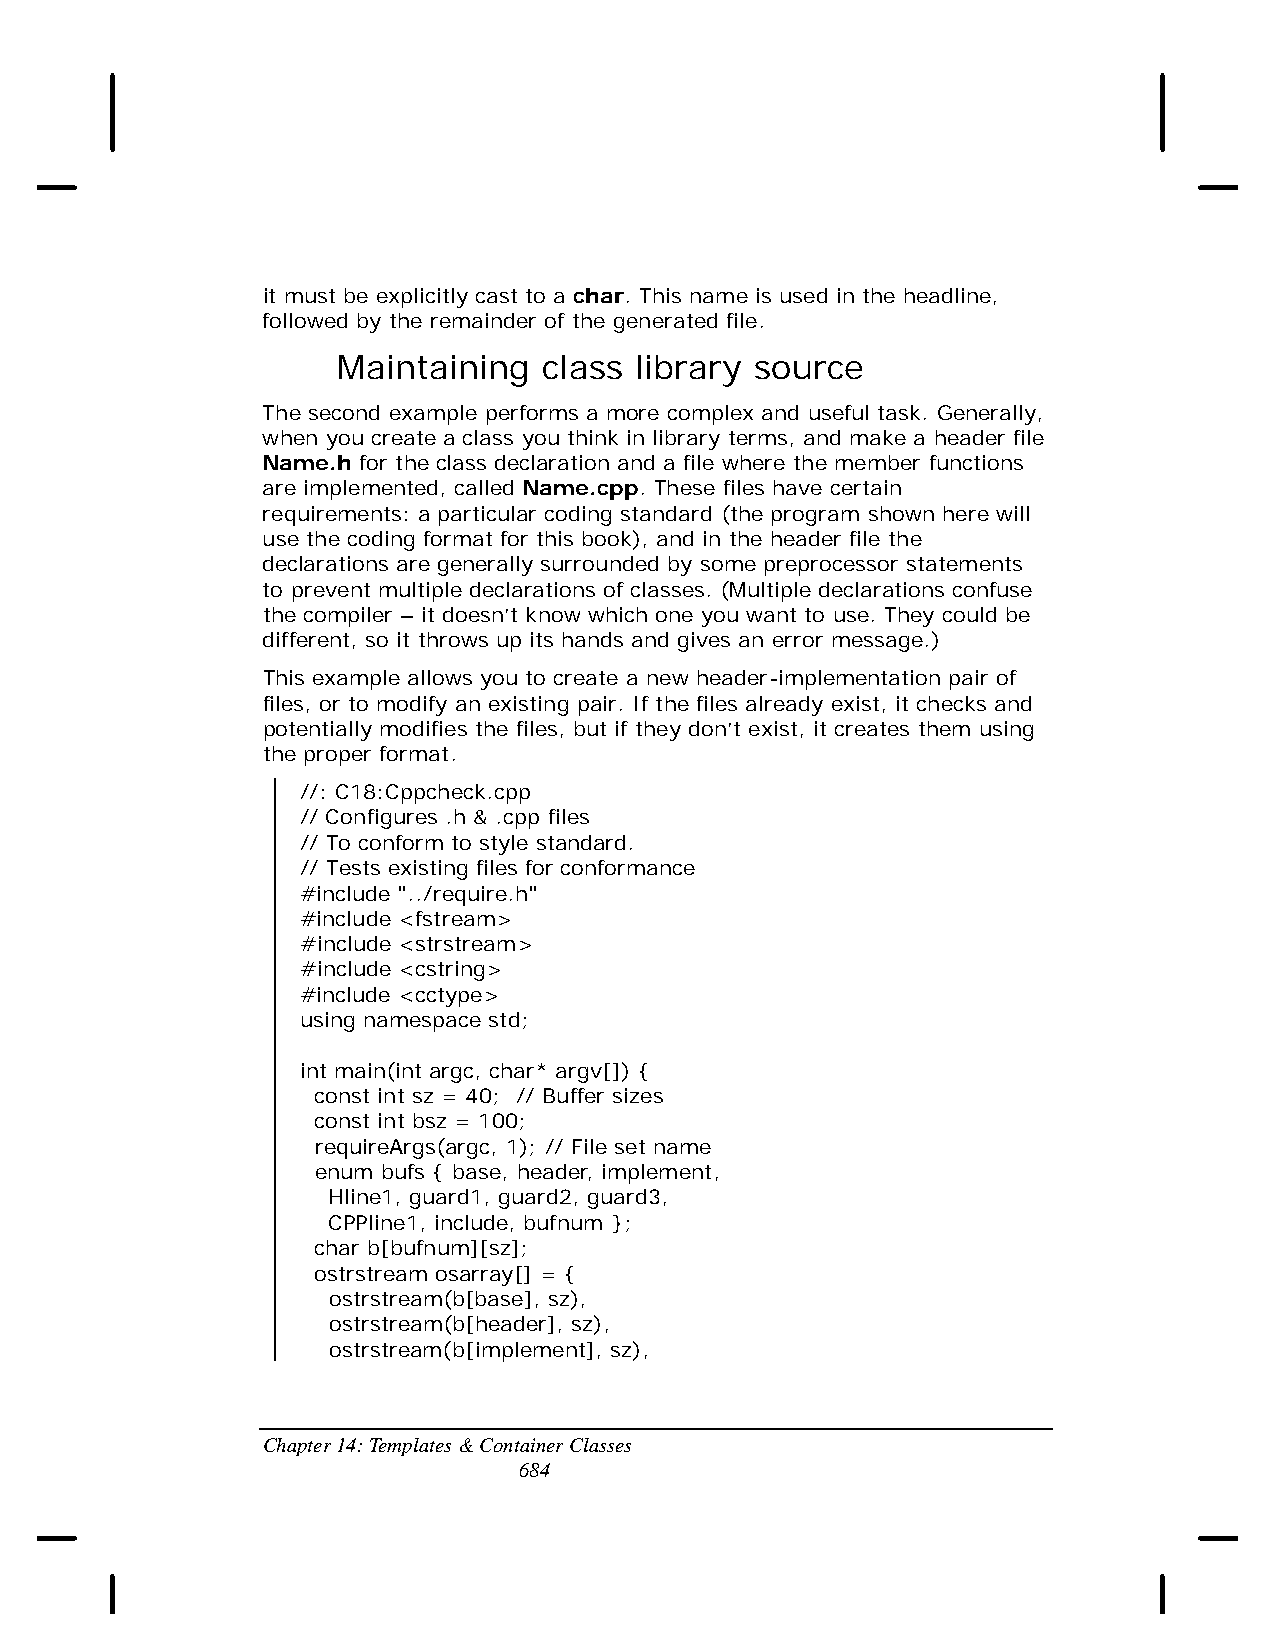
it must be explicitly cast to a char. This name is used in the headline,
 followed by the remainder of the generated file.
 Maintaining   class library source
 The second example performs a more complex and useful task. Generally,
 when you create a class you think in library terms, and make a header file
 Name.h for the class declaration and a file where the member functions
 are implemented, called Name.cpp. These files have certain
 requirements: a particular coding standard (the program shown here will
 use the coding format for this book), and in the header file the
 declarations are generally surrounded by some preprocessor statements
 to prevent multiple declarations of classes. (Multiple declarations confuse
 the compiler – it doesn’t know which one you want to use. They could be
 different, so it throws up its hands and gives an error message.)
 This example allows you to create a new header-implementation pair of
 files, or to modify an existing pair. If the files already exist, it checks and
 potentially modifies the files, but if they don’t exist, it creates them using
 the proper format.
 //: C18:Cppcheck.cpp
 // Configures .h & .cpp files
 // To conform to style standard.
 // Tests existing files for conformance
 #include "../require.h"
 #include <fstream>
 #include <strstream>
 #include <cstring>
 #include <cctype>
 using namespace std;
 int main(int argc, char* argv[]) {
 const int sz = 40; // Buffer sizes
 const int bsz = 100;
 requireArgs(argc, 1); // File set name
 enum bufs { base, header, implement,
 Hline1, guard1, guard2, guard3,
 CPPline1, include, bufnum };
 char b[bufnum][sz];
 ostrstream osarray[] = {
 ostrstream(b[base], sz),
 ostrstream(b[header], sz),
 ostrstream(b[implement], sz),
 Chapter 14: Templates & Container Classes
 684